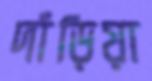
দাঁড়িয়া